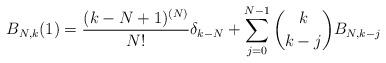
LaTeX: \begin{align*} B_{N,k}(1)=\frac{(k-N+1)^{(N)}}{N!}\delta_{k-N} + \sum_{j=0}^{N-1} \binom{k}{k-j} B_{N,k-j} \end{align*}